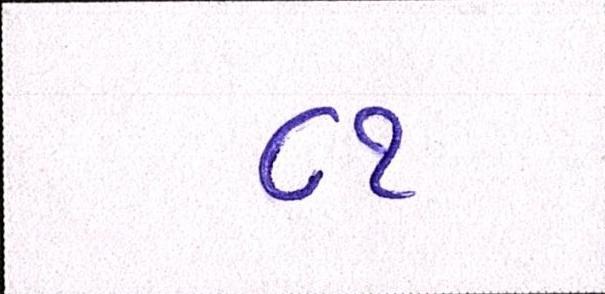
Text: ૮૧